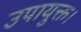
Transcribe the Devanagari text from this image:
उपायुक्त।